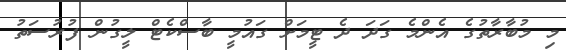
މި މުބާރާތުގެ އެންމެ ގަދަ ދެ ޓީމަށް ގައުމީ ބާސްކެޓް ލީގުން ފުރުސަތު